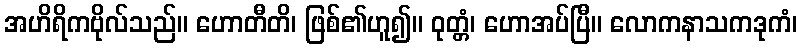
အဟိရိကဗိုလ်သည်။ ဟောတီတိ၊ ဖြစ်၏ဟူ၍။ ဝုတ္တံ၊ ဟောအပ်ပြီ။ လောကနာသကဒုကံ၊